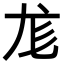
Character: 尨